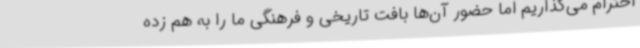
احترام می‌گذاریم اما حضور آن‌ها بافت تاریخی و فرهنگی ما را به هم زده